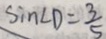
\sin \angle D = \frac { 3 } { 5 }